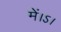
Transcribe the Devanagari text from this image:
में।ऽ।